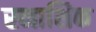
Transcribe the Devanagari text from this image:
रनाशिक